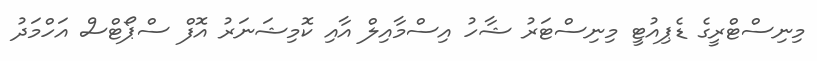
މިނިސްޓްރީގެ ޑެޕިއުޓީ މިނިސްޓަރު ޝާހު އިސްމާއިލް އާއި ކޮމިޝަނަރު އޮފް ސްޕޯޓްސް އަހްމަދު